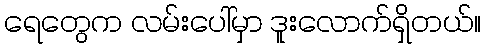
ရေတွေက လမ်းပေါ်မှာ ဒူးလောက်ရှိတယ်။